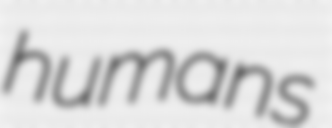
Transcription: humans